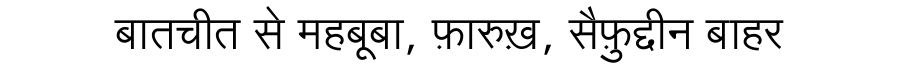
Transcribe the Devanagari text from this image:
बातचीत से महबूबा, फ़ारुख़, सैफ़ुद्दीन बाहर